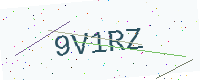
Text: 9V1RZ